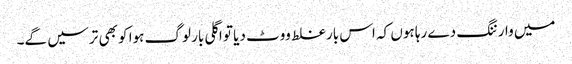
میں وارننگ دے رہا ہوں کہ اس بار غلط ووٹ دیا تو اگلی بار لوگ ہوا کو بھی ترسیں گے۔